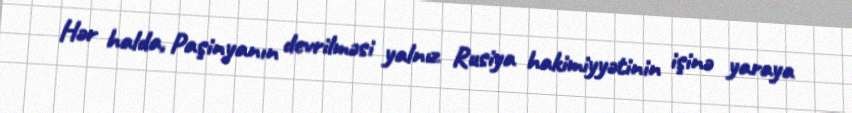
Hər halda, Paşinyanın devrilməsi yalnız Rusiya hakimiyyətinin işinə yaraya